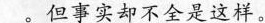
___但事实却不全是这样。